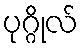
ပုဂ္ဂိုလ်